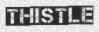
THISTLE